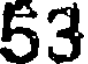
53